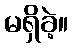
မရှိခဲ့။